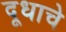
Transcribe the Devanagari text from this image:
दूधाचे